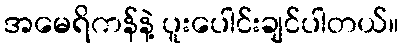
အမေရိကန်နဲ့ ပူးပေါင်းချင်ပါတယ်။